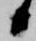
候